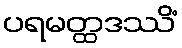
ပရမတ္ထဒဿိံ